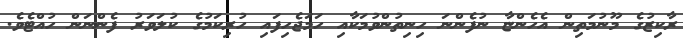
ރާކިޒުގެ މޫނުމަތިން އެހެންޏާ ނުފެންނަ ހިނިތުންވުމަކާއި ހަމަޖެހިފައި ހުރިކަމުގެ ކުލަވަރު ފެންނަން ހުއްޓެވެ.